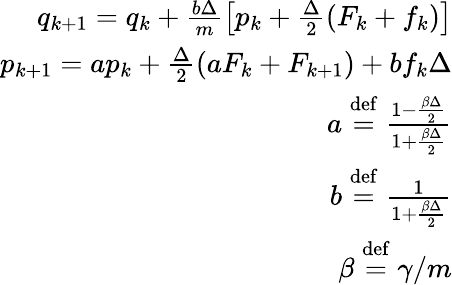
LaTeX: \begin{array}{r}{q_{k+1}=q_{k}+\frac{b\Delta}{m}\left[p_{k}+\frac{\Delta}{2}\left(F_{k}+f_{k}\right)\right]}\\ {p_{k+1}=ap_{k}+\frac{\Delta}{2}\left(aF_{k}+F_{k+1}\right)+bf_{k}\Delta}\\ {a\stackrel{\mathrm{def}}{=}\frac{1-\frac{\beta\Delta}{2}}{1+\frac{\beta\Delta}{2}}}\\ {b\stackrel{\mathrm{def}}{=}\frac{1}{1+\frac{\beta\Delta}{2}}}\\ {\beta\stackrel{\mathrm{def}}{=}\left.\gamma\right/m}\end{array}